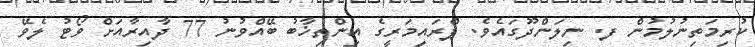
ކުރިމަތިނުލުމުން ފ. ނިލަންދޫގައެވެ. ޕްރައިމަރީގެ އިންތިޚާބު ބޭއްވުނު 77 ދާއިރާއަށް ވޯޓު ލެވޭ